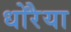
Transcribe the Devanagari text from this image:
धोरैया